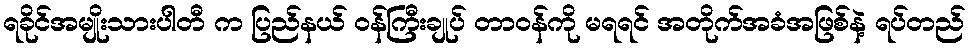
ရခိုင်အမျိုးသားပါတီ က ပြည်နယ် ဝန်ကြီးချုပ် တာဝန်ကို မရရင် အတိုက်အခံအဖြစ်နဲ့ ရပ်တည်